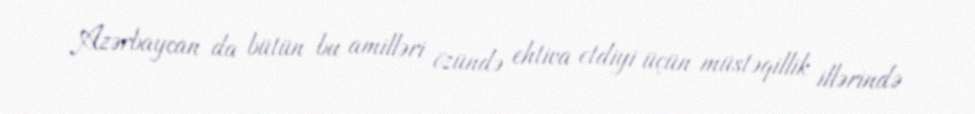
Azərbaycan da bütün bu amilləri özündə ehtiva etdiyi üçün müstəqillik illərində